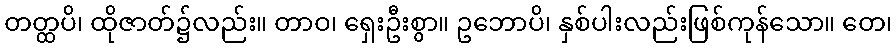
တတ္ထပိ၊ ထိုဇာတ်၌လည်း။ တာဝ၊ ရှေးဦးစွာ။ ဥဘောပိ၊ နှစ်ပါးလည်းဖြစ်ကုန်သော။ တေ၊